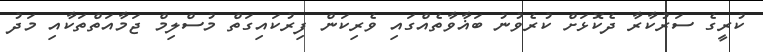
ކުރީގެ ސަރުކާރާ ދެކޮޅަށް ކުރެވުނު ބަޣާވާތެއްގައި ވެރިކަން ފިރުކައިގަތް މުސްލިމް ޖަމާއަތްތަކާއި މަދު